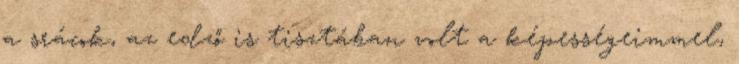
a srácok, az edző is tisztában volt a képességeimmel,